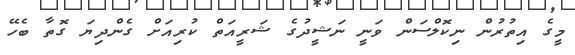
މީގެ އިތުރުން ނިކޮލްސަން ވަނީ ނަޝީދުގެ ޝަރީއަތް ކުރިއަށް ގެންދިޔަ ގޮތާ ބެހޭ